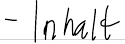
- Inhalt